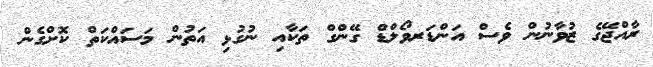
ރާއްޖޭގެ ޒުވާނުން ވެސް އަންޑަރވޯލްޑް ގޭންގް ތަކާއި ނުގުޅި އަތުން މަސައްކަތް ކޮށްގެން